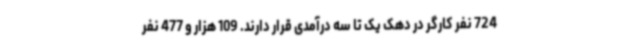
724 نفر کارگر در دهک یک تا سه درآمدی قرار دارند. 109 هزار و 477 نفر